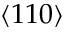
\langle 1 1 0 \rangle